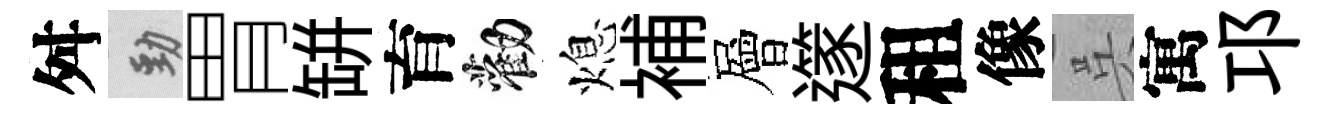
舛勁胃缾育勸熄補層𨗹租像呉寓邛